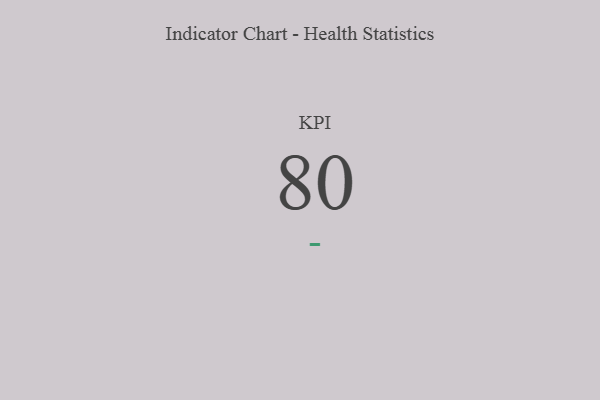
{"axis": {"x": "KPI", "y": "Value"}, "legend": [""], "data": [{"x": "KPI", "y": 80, "type": ""}]}